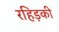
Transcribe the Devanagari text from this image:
रहिड़की